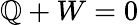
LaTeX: \mathbb{Q}+W=0